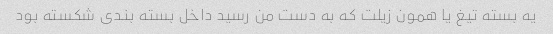
یه بسته تیغ یا همون زیلت که به دست من رسید داخل بسته بندی شکسته بود